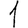
Digit: 1